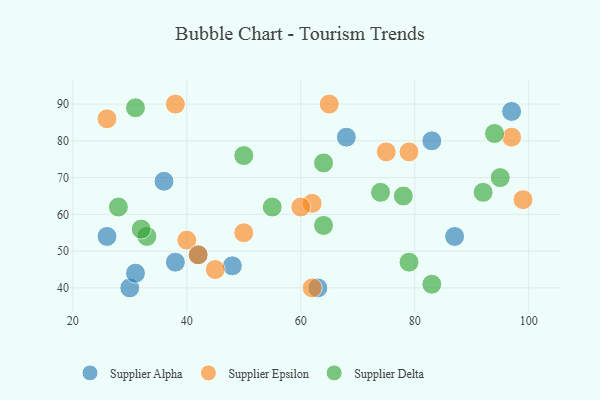
{"axis": {"x": "GDP", "y": "Life Expectancy"}, "legend": ["Supplier Alpha", "Supplier Delta", "Supplier Epsilon"], "data": [{"x": "97", "y": 88, "type": "Supplier Alpha"}, {"x": "26", "y": 54, "type": "Supplier Alpha"}, {"x": "68", "y": 81, "type": "Supplier Alpha"}, {"x": "87", "y": 54, "type": "Supplier Alpha"}, {"x": "36", "y": 69, "type": "Supplier Alpha"}, {"x": "30", "y": 40, "type": "Supplier Alpha"}, {"x": "63", "y": 40, "type": "Supplier Alpha"}, {"x": "48", "y": 46, "type": "Supplier Alpha"}, {"x": "38", "y": 47, "type": "Supplier Alpha"}, {"x": "42", "y": 49, "type": "Supplier Alpha"}, {"x": "31", "y": 44, "type": "Supplier Alpha"}, {"x": "83", "y": 80, "type": "Supplier Alpha"}, {"x": "79", "y": 77, "type": "Supplier Epsilon"}, {"x": "26", "y": 86, "type": "Supplier Epsilon"}, {"x": "38", "y": 90, "type": "Supplier Epsilon"}, {"x": "62", "y": 63, "type": "Supplier Epsilon"}, {"x": "40", "y": 53, "type": "Supplier Epsilon"}, {"x": "97", "y": 81, "type": "Supplier Epsilon"}, {"x": "62", "y": 40, "type": "Supplier Epsilon"}, {"x": "45", "y": 45, "type": "Supplier Epsilon"}, {"x": "42", "y": 49, "type": "Supplier Epsilon"}, {"x": "99", "y": 64, "type": "Supplier Epsilon"}, {"x": "50", "y": 55, "type": "Supplier Epsilon"}, {"x": "75", "y": 77, "type": "Supplier Epsilon"}, {"x": "60", "y": 62, "type": "Supplier Epsilon"}, {"x": "65", "y": 90, "type": "Supplier Epsilon"}, {"x": "78", "y": 65, "type": "Supplier Delta"}, {"x": "33", "y": 54, "type": "Supplier Delta"}, {"x": "64", "y": 74, "type": "Supplier Delta"}, {"x": "31", "y": 89, "type": "Supplier Delta"}, {"x": "28", "y": 62, "type": "Supplier Delta"}, {"x": "79", "y": 47, "type": "Supplier Delta"}, {"x": "95", "y": 70, "type": "Supplier Delta"}, {"x": "74", "y": 66, "type": "Supplier Delta"}, {"x": "50", "y": 76, "type": "Supplier Delta"}, {"x": "94", "y": 82, "type": "Supplier Delta"}, {"x": "92", "y": 66, "type": "Supplier Delta"}, {"x": "83", "y": 41, "type": "Supplier Delta"}, {"x": "55", "y": 62, "type": "Supplier Delta"}, {"x": "64", "y": 57, "type": "Supplier Delta"}, {"x": "32", "y": 56, "type": "Supplier Delta"}]}